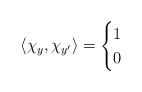
LaTeX: \begin{align*}\langle \chi_y, \chi_{y'} \rangle = \begin{cases}1 & \\0 & \end{cases}\end{align*}